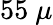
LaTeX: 55~\mu